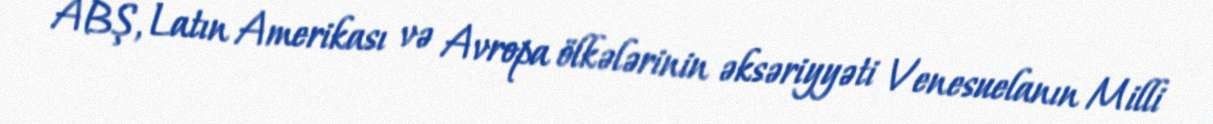
ABŞ, Latın Amerikası və Avropa ölkələrinin əksəriyyəti Venesuelanın Milli